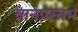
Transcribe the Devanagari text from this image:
वानप्रस्तम